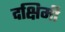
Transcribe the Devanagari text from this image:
दक्षिमी